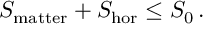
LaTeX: S _ { \mathrm { m a t t e r } } + S _ { \mathrm { h o r } } \leq S _ { 0 } \, .